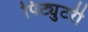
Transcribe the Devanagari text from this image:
पिट्युटरी